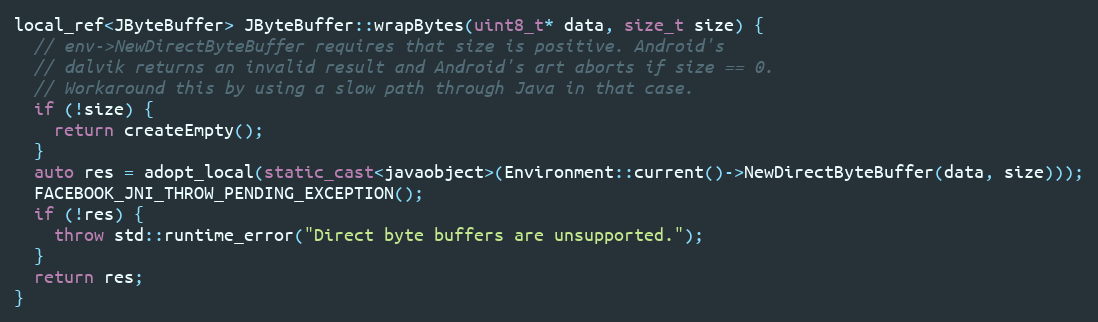
Language: C++
local_ref<JByteBuffer> JByteBuffer::wrapBytes(uint8_t* data, size_t size) {
  // env->NewDirectByteBuffer requires that size is positive. Android's
  // dalvik returns an invalid result and Android's art aborts if size == 0.
  // Workaround this by using a slow path through Java in that case.
  if (!size) {
    return createEmpty();
  }
  auto res = adopt_local(static_cast<javaobject>(Environment::current()->NewDirectByteBuffer(data, size)));
  FACEBOOK_JNI_THROW_PENDING_EXCEPTION();
  if (!res) {
    throw std::runtime_error("Direct byte buffers are unsupported.");
  }
  return res;
}